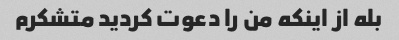
بله از اینکه من را دعوت کردید متشکرم